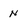
Character: n